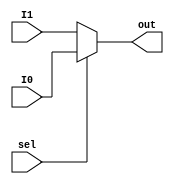
`timescale 1 ns/1 ns

module mux2X1( I0,I1,sel,out);
	input I0,I1;
	input sel;
	output out;
	
	assign out=(sel)?I0:I1;
endmodule